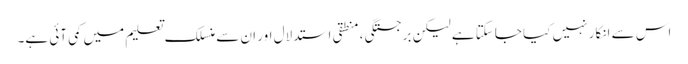
اس سے انکار نہیں کیا جاسکتا ہے لیکن برجستگی ، منطقی استدلال اور ان سے منسلک تعلیم میں کمی آئی ہے۔